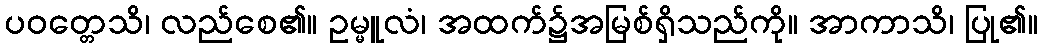
ပဝတ္တေသိ၊ လည်စေ၏။ ဥမ္မူလံ၊ အထက်၌အမြစ်ရှိသည်ကို။ အာကာသိ၊ ပြု၏။